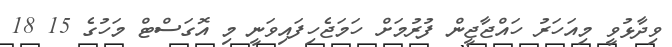
ވިދާޅުވީ މިއަހަރު ހައްޖާޖީން ފުރުމަށް ހަމަޖެހިފައިވަނީ މި އޮގަސްޓް މަހުގެ 15 18